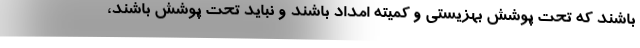
باشند که تحت پوشش بهزیستی و کمیته امداد باشند و نباید تحت پوشش باشند،